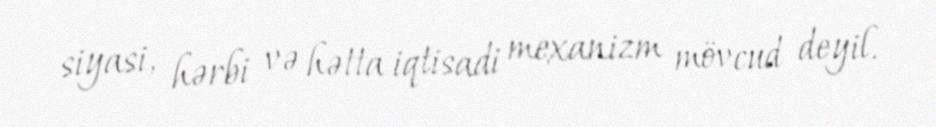
siyasi, hərbi və hətta iqtisadi mexanizm mövcud deyil.